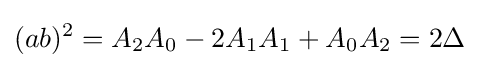
\displaystyle (ab)^{2}=A_{2}A_{0}-2A_{1}A_{1}+A_{0}A_{2}=2\Delta